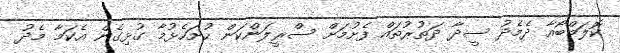
ކޮލަމްބޯއާ ދެމެދު ސީދާ ދަތުރުތައް ފެށުމަށް ސްރީލަންކަން ހުށަހެޅުމާ ގުޅިގެން އެކަމާ މެދު